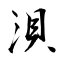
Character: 浿